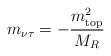
LaTeX: \begin{align*}m_{\nu \tau} = - \frac{m_{\rm top}^{2}}{ M_R}\end{align*}